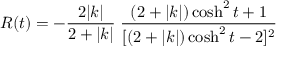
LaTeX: R ( t ) = - \frac { 2 | k | } { 2 + | k | } \; \frac { ( 2 + | k | ) \cosh ^ { 2 } t + 1 } { [ ( 2 + | k | ) \cosh ^ { 2 } t - 2 ] ^ { 2 } }